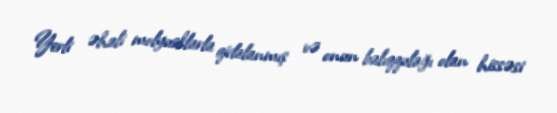
Yerli əhali molyusklarla qidalanmış və onun balıqqulağı olan hissəsi